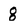
Character: 8